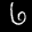
Label: 6